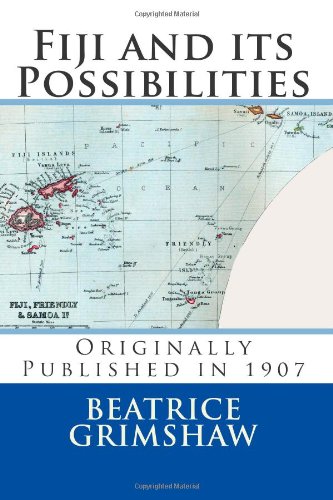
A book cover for Fiji and its Possibilities; Beatrice Grimshaw; Travel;